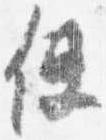
使